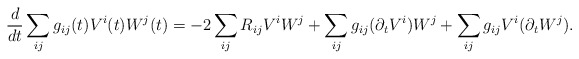
\begin{align*} \frac{d}{dt} \sum_{ij} g_{ij}(t) V^i(t) W^j(t) = - 2 \sum_{ij} R_{ij} V^i W^j +\sum_{ij} g_{ij} (\partial_t V^i) W^j + \sum_{ij} g_{ij} V^i (\partial_t W^j).\end{align*}